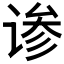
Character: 𬤄